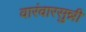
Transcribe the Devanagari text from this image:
वारंवारसुन्नी